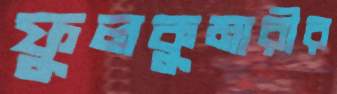
ফুলকুমারীর